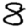
Digit: 8